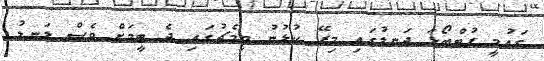
ގައުމީ ފުޓްބޯޅަ ދަނޑުގައި މިރޭ ކުޅުނު މިމެޗުގައި ދެ ޓީމަށް ވެސް ލަނޑު